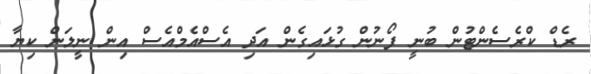
ރެޑް ކްރެސެންޓުން ބުނީ ފޯނުން ގުޅައިގެން އަދި އެސްއެމްއެސް އިން ނީލަން ކިޔާ